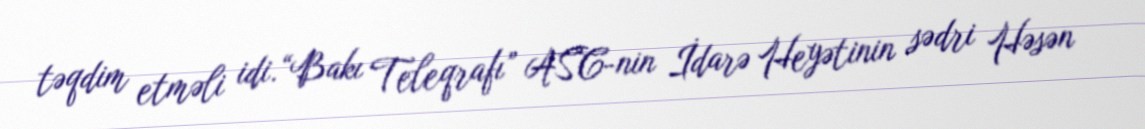
təqdim etməli idi.“Bakı Teleqrafı” ASC-nin İdarə Heyətinin sədri Həsən